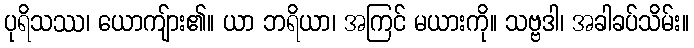
ပုရိသဿ၊ ယောကျ်ား၏။ ယာ ဘရိယာ၊ အကြင် မယားကို။ သဗ္ဗဒါ၊ အခါခပ်သိမ်း။